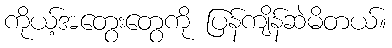
ကိုယ့်အတွေးတွေကို ပြန်ကျိန်ဆဲမိတယ်။